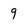
Character: 9